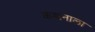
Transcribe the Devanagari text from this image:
कथनाला